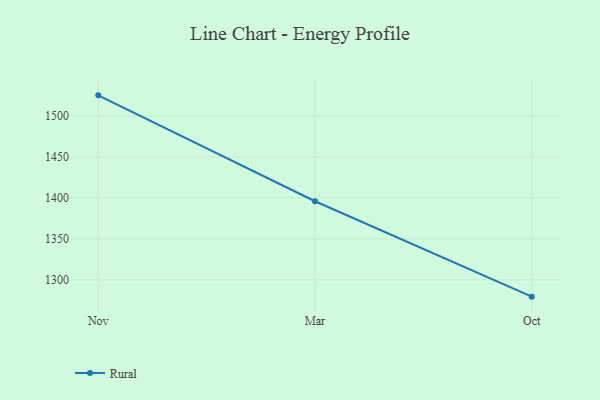
{"axis": {"x": "Month", "y": "Churn Rate (%)"}, "legend": ["Rural"], "data": [{"x": "Nov", "y": 1525.1, "type": "Rural"}, {"x": "Mar", "y": 1395.9, "type": "Rural"}, {"x": "Oct", "y": 1279.5, "type": "Rural"}]}